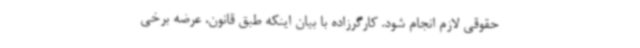
حقوقی لازم انجام شود. کارگرزاده با بیان ‌اینکه طبق ‌قانون، عرضه‌ برخی‌